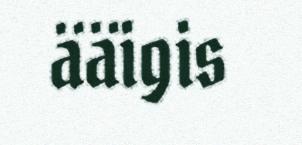
ääigis